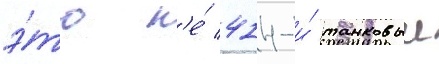
э́то н'е́ 414-и́ танковыи